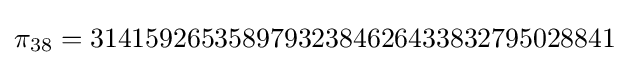
\pi _{38}=31415926535897932384626433832795028841